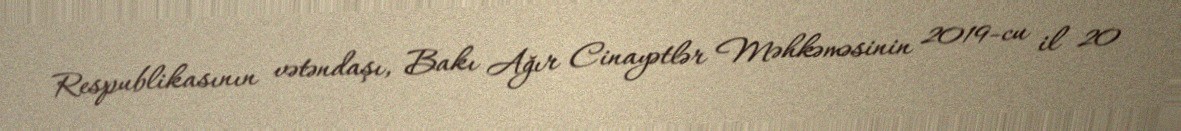
Respublikasının vətəndaşı, Bakı Ağır Cinayətlər Məhkəməsinin 2019-cu il 20